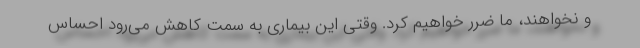
و نخواهند، ما ضرر خواهیم کرد. وقتی این بیماری به سمت کاهش می‌رود احساس